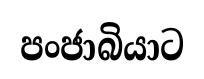
පංජාබියාට